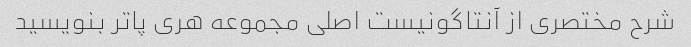
شرح مختصری از آنتاگونیست اصلی مجموعه هری پاتر بنویسید